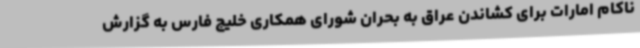
ناکام امارات برای کشاندن عراق به بحران شورای همکاری خلیج فارس به گزارش